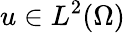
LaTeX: u\in L^{2}(\Omega)